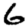
Digit: 6